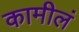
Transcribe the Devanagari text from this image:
कामीलं